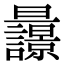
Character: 𣌚